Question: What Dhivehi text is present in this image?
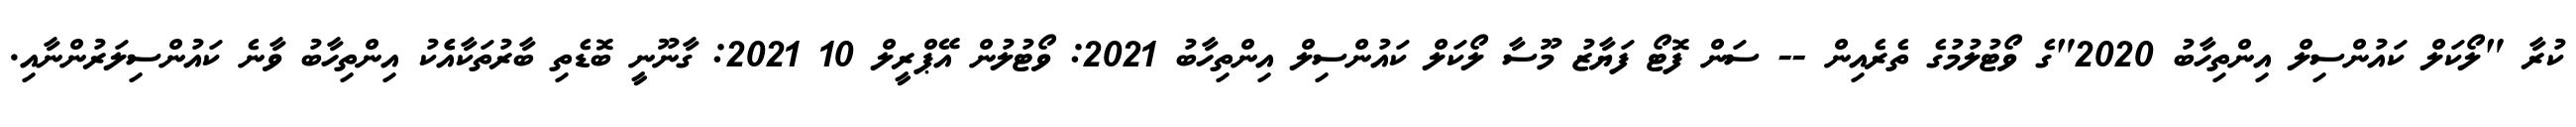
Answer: ކުރާ "ލޯކަލް ކައުންސިލް އިންތިހާބު 2020"ގެ ވޯޓުލުމުގެ ތެރެއިން -- ސަން ފޮޓޯ ފަޔާޒު މޫސާ ލޯކަލް ކައުންސިލް އިންތިހާބު 2021: ވޯޓުލުން އޭޕްރީލް 10 2021: ގާނޫނީ ބޮޑެތި ބާރުތަކާއެެކު އިންތިހާބު ވާނެ ކައުންސިލަރުންނާއި.